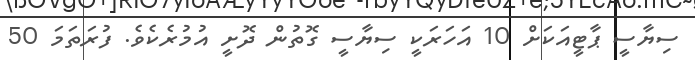
ސިޔާސީ ޕާޓީއަކަށް 10 އަހަރަކީ ސިޔާސީ ގޮތުން ދޮށީ އުމުރެކެވެ. ފުރަތަމަ 50